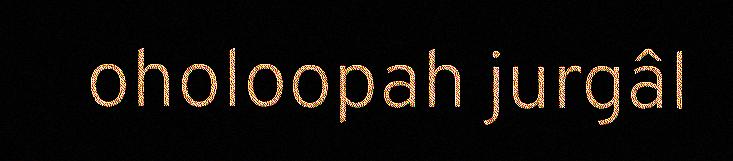
oholoopah jurgâl